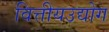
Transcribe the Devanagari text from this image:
वित्तीयउद्योग